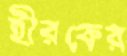
হীরকের